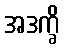
အဒက္ခိ